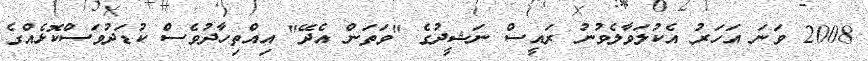
2008 ވަނަ އަހަރު އެކުލަވާލެވުނު ރައީސް ނަޝީދުގެ "ވަތަން އެދޭ" އިއްތިހާދުވެސް ކުޑަދުވަސްކޮޅެއްގެ